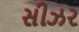
સીઝર